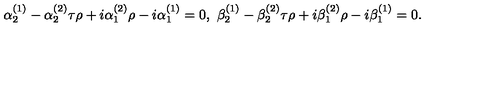
\alpha _ { 2 } ^ { ( 1 ) } - \alpha _ { 2 } ^ { ( 2 ) } \tau \rho + i \alpha _ { 1 } ^ { ( 2 ) } \rho - i \alpha _ { 1 } ^ { ( 1 ) } = 0 , \ \beta _ { 2 } ^ { ( 1 ) } - \beta _ { 2 } ^ { ( 2 ) } \tau \rho + i \beta _ { 1 } ^ { ( 2 ) } \rho - i \beta _ { 1 } ^ { ( 1 ) } = 0 .